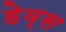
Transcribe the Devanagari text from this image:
हेव्स